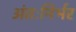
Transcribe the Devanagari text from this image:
अंतःनिर्भर